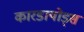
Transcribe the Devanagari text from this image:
कारडायोड्स